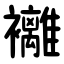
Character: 䙰